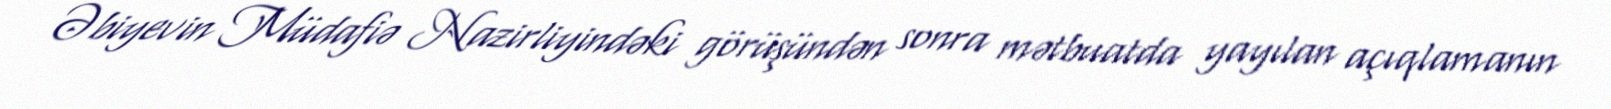
Əbiyevin Müdafiə Nazirliyindəki görüşündən sonra mətbuatda yayılan açıqlamanın